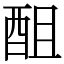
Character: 䣯